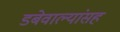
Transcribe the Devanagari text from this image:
डबेवाल्यांसह